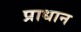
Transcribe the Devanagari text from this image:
प्राधान